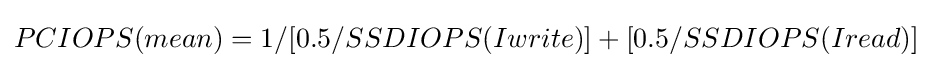
PCIOPS(mean)=1/[0.5/SSDIOPS(Iwrite)]+[0.5/SSDIOPS(Iread)]